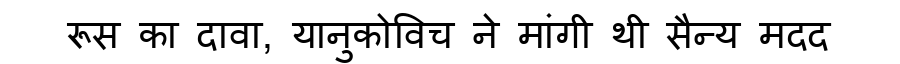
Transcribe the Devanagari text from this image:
रूस का दावा, यानुकोविच ने मांगी थी सैन्य मदद